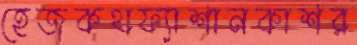
হেজকথফ্যাশানকাশর